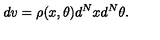
d v = \rho ( x , \theta ) d ^ { N } x d ^ { N } \theta .